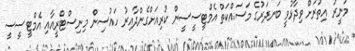
މުނީރު އިތުރަށް ވިދާޅުވީ ބަނދަރުގެ މަސައްކަތް އެމްޓީސީސީން ކުރިއަށްގެންދާއިރު ހައުސިން މިނިސްޓްރީއާއި އެމްޓީސީސީ